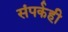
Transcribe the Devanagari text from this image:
संपर्कही